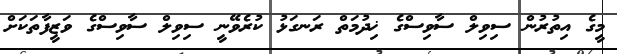
މީގެ އިތުރުން ސިވިލް ސާވިސްގެ ޚިދުމަތް ރަނގަޅު ކުރެވޭނީ ސިވިލް ސާވިސްގެ ވަޒީފާތަކަށް